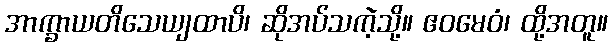
အာက္ခာယတိသေယျထာပိ၊ ဆိုအပ်သကဲ့သို့။ ဧဝမေဝံ၊ ထို့အတူ။